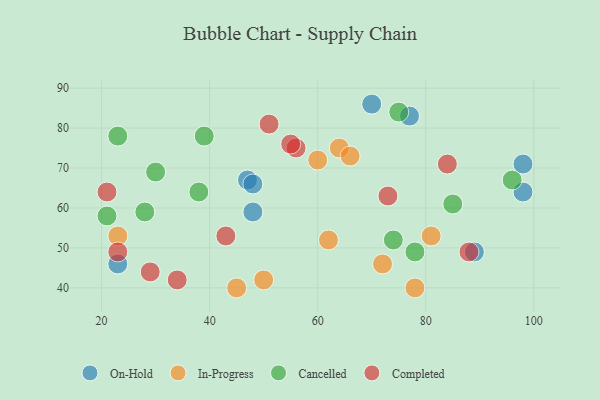
{"axis": {"x": "GDP", "y": "Life Expectancy"}, "legend": ["Cancelled", "Completed", "In-Progress", "On-Hold"], "data": [{"x": "48", "y": 59, "type": "On-Hold"}, {"x": "98", "y": 64, "type": "On-Hold"}, {"x": "47", "y": 67, "type": "On-Hold"}, {"x": "48", "y": 66, "type": "On-Hold"}, {"x": "77", "y": 83, "type": "On-Hold"}, {"x": "98", "y": 71, "type": "On-Hold"}, {"x": "70", "y": 86, "type": "On-Hold"}, {"x": "23", "y": 46, "type": "On-Hold"}, {"x": "89", "y": 49, "type": "On-Hold"}, {"x": "50", "y": 42, "type": "In-Progress"}, {"x": "62", "y": 52, "type": "In-Progress"}, {"x": "64", "y": 75, "type": "In-Progress"}, {"x": "60", "y": 72, "type": "In-Progress"}, {"x": "66", "y": 73, "type": "In-Progress"}, {"x": "45", "y": 40, "type": "In-Progress"}, {"x": "81", "y": 53, "type": "In-Progress"}, {"x": "23", "y": 53, "type": "In-Progress"}, {"x": "78", "y": 40, "type": "In-Progress"}, {"x": "72", "y": 46, "type": "In-Progress"}, {"x": "21", "y": 58, "type": "Cancelled"}, {"x": "30", "y": 69, "type": "Cancelled"}, {"x": "38", "y": 64, "type": "Cancelled"}, {"x": "75", "y": 84, "type": "Cancelled"}, {"x": "74", "y": 52, "type": "Cancelled"}, {"x": "23", "y": 78, "type": "Cancelled"}, {"x": "85", "y": 61, "type": "Cancelled"}, {"x": "39", "y": 78, "type": "Cancelled"}, {"x": "96", "y": 67, "type": "Cancelled"}, {"x": "28", "y": 59, "type": "Cancelled"}, {"x": "78", "y": 49, "type": "Cancelled"}, {"x": "84", "y": 71, "type": "Completed"}, {"x": "21", "y": 64, "type": "Completed"}, {"x": "23", "y": 49, "type": "Completed"}, {"x": "29", "y": 44, "type": "Completed"}, {"x": "34", "y": 42, "type": "Completed"}, {"x": "56", "y": 75, "type": "Completed"}, {"x": "43", "y": 53, "type": "Completed"}, {"x": "88", "y": 49, "type": "Completed"}, {"x": "73", "y": 63, "type": "Completed"}, {"x": "55", "y": 76, "type": "Completed"}, {"x": "51", "y": 81, "type": "Completed"}]}